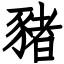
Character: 豬